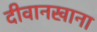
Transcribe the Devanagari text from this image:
दीवानखाना